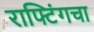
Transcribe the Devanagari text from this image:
राफ्टिंगचा